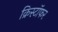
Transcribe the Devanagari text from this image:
क्रिस्टॉफर